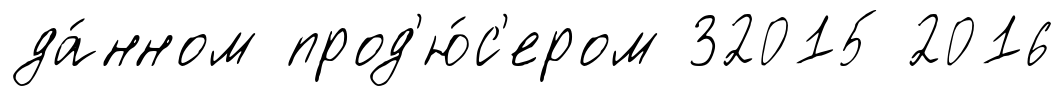
да́нном прод'ю́с'ером 32015 2016